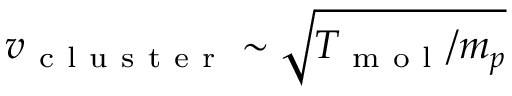
v _ { \mathrm { ~ c ~ l ~ u ~ s ~ t ~ e ~ r ~ } } \sim \sqrt { T _ { \mathrm { ~ m ~ o ~ l ~ } } / m _ { p } }